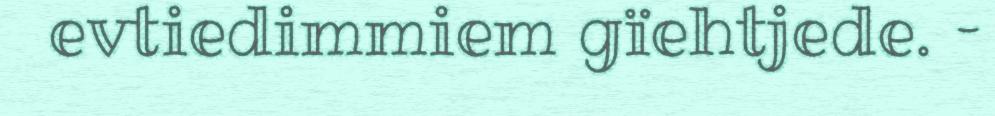
evtiedimmiem gïehtjede. –